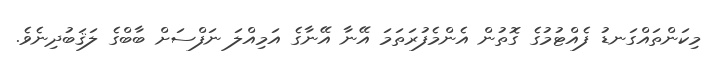
މިކަންތައްގަނޑު ފެއްޓުމުގެ ގޮތުން އެންމެފުރަތަމަ އޭނާ އޭނާގެ އަމިއްލަ ނަފްސަށް ބާބްގެ ލަޤަބުދިނެވެ.